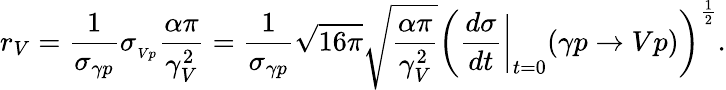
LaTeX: r_{V}=\frac{1}{\sigma_{\gamma p}}\sigma_{_{Vp}}\frac{\alpha\pi}{\gamma_{V}^{2}}=\frac{1}{\sigma_{\gamma p}}\sqrt{16\pi}\sqrt{\frac{\alpha\pi}{\gamma_{V}^{2}}}\left(\frac{d\sigma}{dt}\biggl|_{t=0}\biggr.(\gamma p\rightarrow Vp)\right)^{\frac{1}{2}}.